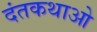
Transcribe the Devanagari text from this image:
दंतकथाओ